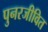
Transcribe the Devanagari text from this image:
पुनरजीवित